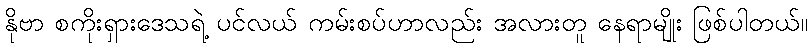
နိုဗာ စကိုးရှားဒေသရဲ့ ပင်လယ် ကမ်းစပ်ဟာလည်း အလားတူ နေရာမျိုး ဖြစ်ပါတယ်။